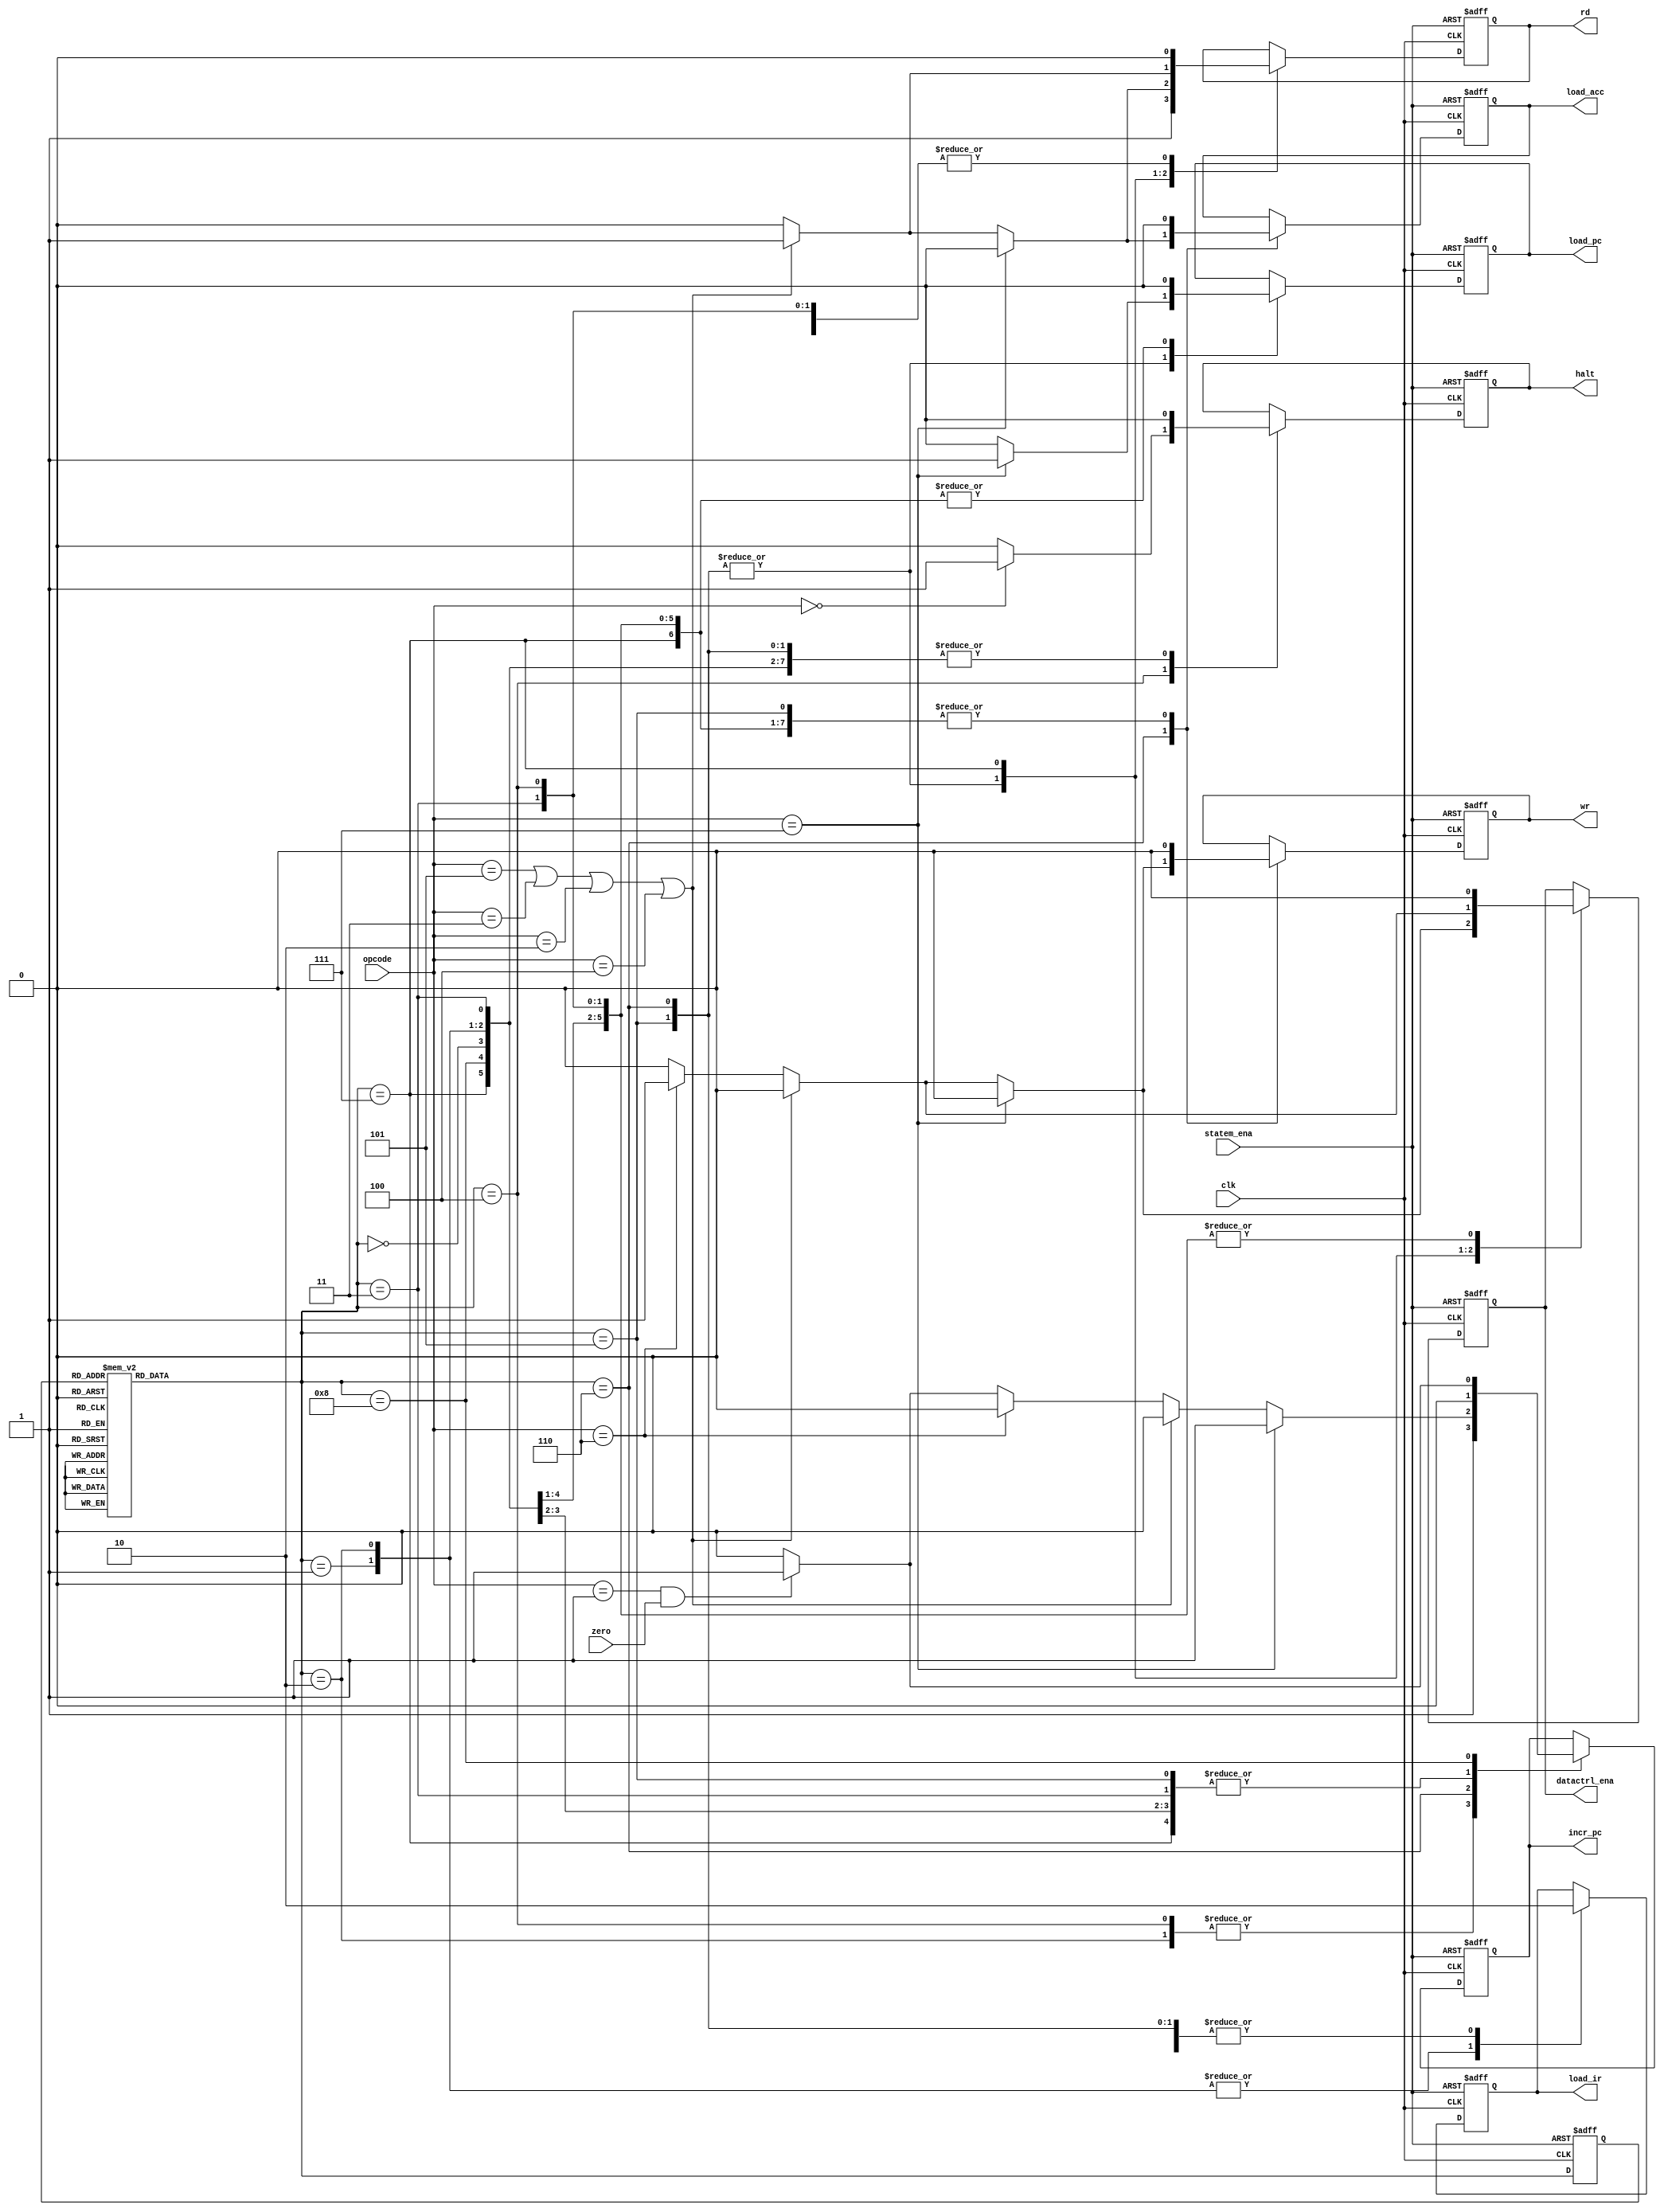
/*
 * State machine.
 * On cycle #0(S1):
 *      IR stores the high 8-bits instruction from ROM.
 *      rd=1, load_ir=1. Others = 0.
 * On cycle #1(S2):
 *      IR stores the low 8-bits instruction from ROM. PC +1.
 *      inc_pc = 1. Others keep the same as cycle #0.
 * On cycle #2(S3):
 *      NOP.
 * On cycle #3(S4):
 *      PC +1. Read the next instruction. If the opcode == HLT,
 *      halt = 1. Otherwise, others keep 0.
 *      inc_pc = 1. if (opcode == HLT), halt = 1. Others = 0.
 * On cycle #4(S5):
 *      If opcode == ANDD/ADD/XORR/LDA, read the data by address.
 *      If opcode == JMP, send destination address to pc.
 *      If opcode == STO, output acc.
 * On cycle #5(S6):
 *      If opcode == ANDD/ADD/XORR, do ALU. If opcode == LDA, send
 *      data to accumulator by ALU.
 *      If opcode == SKZ, if the output of acc == 0(zero == 1), PC +1.
 *      Otherwise, still.
 *      If opcode == JMP, jump to the destination address.
 *      If opcode == STO, write the data in the destination address.
 * On cycle #6(S7):
 *      NOP.
 * On cycle #7(S8):
 *      If opcode == SKZ and the output of acc == 0(zero == 1), PC +1
 *      for skipping one instruction. Otherwise, still.
 */
module statem(
    input               clk,
    input               zero,
    input               statem_ena,
    input       [2:0]   opcode,
    output reg          rd,
    output reg          load_ir,
    output reg          load_acc,
    output reg          load_pc,
    output reg          wr,
    output reg          incr_pc,
    output reg          datactrl_ena,
    output reg          halt
);

    localparam HLT  = 3'b000;
    localparam SKZ  = 3'b001;
    localparam ADD  = 3'b010;
    localparam ANDD = 3'b011;
    localparam XORR = 3'b100;
    localparam LDA  = 3'b101;
    localparam STO  = 3'b110;
    localparam JMP  = 3'b111;

    localparam IDLE = 4'b0000;
    localparam S1   = 4'b0001;
    localparam S2   = 4'b0010;
    localparam S3   = 4'b0011;
    localparam S4   = 4'b0100;
    localparam S5   = 4'b0101;
    localparam S6   = 4'b0110;
    localparam S7   = 4'b0111;
    localparam S8   = 4'b1000;

    reg [3:0] cstate, nstate;

    always @(negedge clk or negedge statem_ena) begin
        if (!statem_ena)
            cstate <= IDLE;
        else
            cstate <= nstate;
    end

    always @(*) begin
        case (cstate)
            IDLE:   nstate = S1;
            S1:     nstate = S2;
            S2:     nstate = S3;
            S3:     nstate = S4;
            S4:     nstate = S5;
            S5:     nstate = S6;
            S6:     nstate = S7;
            S7:     nstate = S8;
            S8:     nstate = S1;
            default:nstate = IDLE;
        endcase
    end

    always @(negedge clk or negedge statem_ena) begin
        if (!statem_ena) begin
            {load_ir, load_acc, load_pc, rd} <= 4'b0000;
            {wr, incr_pc, datactrl_ena, halt} <= 4'b0000;
        end
        else begin
            case (nstate)
                IDLE: begin
                    {load_ir, load_acc, load_pc, rd} <= 4'b0000;
                    {wr, incr_pc, datactrl_ena, halt} <= 4'b0000;
                end

                S1: begin
                    {load_ir, load_acc, load_pc, rd} <= 4'b1001;
                    {wr, incr_pc, datactrl_ena, halt} <= 4'b0000;
                end

                S2: begin
                    {load_ir, load_acc, load_pc, rd} <= 4'b1001;
                    {wr, incr_pc, datactrl_ena, halt} <= 4'b0100;
                end

                S3: begin
                    {load_ir, load_acc, load_pc, rd} <= 4'b0000;
                    {wr, incr_pc, datactrl_ena, halt} <= 4'b0000;
                end

                S4: begin
                    if (opcode == HLT) begin
                        {load_ir, load_acc, load_pc, rd} <= 4'b0000;
                        {wr, incr_pc, datactrl_ena, halt} <= 4'b0101;
                    end
                    else begin
                        {load_ir, load_acc, load_pc, rd} <= 4'b0000;
                        {wr, incr_pc, datactrl_ena, halt} <= 4'b0100;
                    end
                end

                S5: begin
                    if (opcode == JMP) begin
                        {load_ir, load_acc, load_pc, rd} <= 4'b0010;
                        {wr, incr_pc, datactrl_ena, halt} <= 4'b0000;
                    end
                    else if (opcode == LDA || opcode == ANDD ||
                            opcode == ADD || opcode == XORR) begin
                        {load_ir, load_acc, load_pc, rd} <= 4'b0001;
                        {wr, incr_pc, datactrl_ena, halt} <= 4'b0000;
                    end
                    else if (opcode == STO) begin
                        {load_ir, load_acc, load_pc, rd} <= 4'b0000;
                        {wr, incr_pc, datactrl_ena, halt} <= 4'b0010;
                    end
                    else begin
                        {load_ir, load_acc, load_pc, rd} <= 4'b0000;
                        {wr, incr_pc, datactrl_ena, halt} <= 4'b0000;
                    end
                end

                S6: begin
                    if (opcode == JMP) begin
                        {load_ir, load_acc, load_pc, rd} <= 4'b0010;
                        {wr, incr_pc, datactrl_ena, halt} <= 4'b0100;
                    end
                    else if (opcode == LDA || opcode == ANDD ||
                            opcode == ADD || opcode == XORR) begin
                        {load_ir, load_acc, load_pc, rd} <= 4'b0101;
                        {wr, incr_pc, datactrl_ena, halt} <= 4'b0000;
                    end
                    else if (opcode == STO) begin
                        {load_ir, load_acc, load_pc, rd} <= 4'b0000;
                        {wr, incr_pc, datactrl_ena, halt} <= 4'b1010;
                    end
                    else if (opcode == SKZ && zero == 1'b1) begin
                        {load_ir, load_acc, load_pc, rd} <= 4'b0000;
                        {wr, incr_pc, datactrl_ena, halt} <= 4'b0100;
                    end
                    else begin
                        {load_ir, load_acc, load_pc, rd} <= 4'b0000;
                        {wr, incr_pc, datactrl_ena, halt} <= 4'b0000;
                    end
                end

                S7: begin
                    if (opcode == LDA || opcode == ANDD ||
                        opcode == ADD || opcode == XORR) begin
                        {load_ir, load_acc, load_pc, rd} <= 4'b0001;
                        {wr, incr_pc, datactrl_ena, halt} <= 4'b0000;
                    end
                    else if (opcode == STO) begin
                        {load_ir, load_acc, load_pc, rd} <= 4'b0000;
                        {wr, incr_pc, datactrl_ena, halt} <= 4'b0010;
                    end
                    else begin
                        {load_ir, load_acc, load_pc, rd} <= 4'b0000;
                        {wr, incr_pc, datactrl_ena, halt} <= 4'b0000;
                    end
                end

                S8: begin
                    if (opcode == SKZ && zero == 1'b1) begin
                        {load_ir, load_acc, load_pc, rd} <= 4'b0000;
                        {wr, incr_pc, datactrl_ena, halt} <= 4'b0100;
                    end
                    else begin
                        {load_ir, load_acc, load_pc, rd} <= 4'b0000;
                        {wr, incr_pc, datactrl_ena, halt} <= 4'b0000;
                    end
                end

                default: ;
            endcase
        end
    end

endmodule